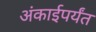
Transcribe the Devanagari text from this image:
अंकाईपर्यंत